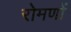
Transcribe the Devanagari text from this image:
रोमणों